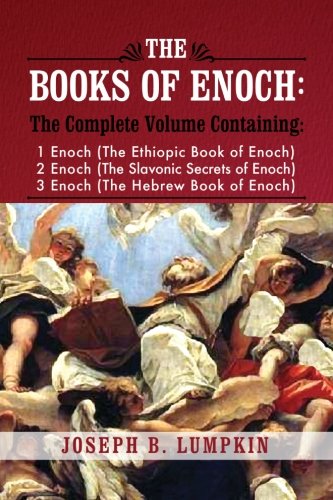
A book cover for The Books of Enoch: A Complete Volume Containing 1 Enoch (The Ethiopic Book of Enoch), 2 Enoch (The Slavonic Secrets of Enoch), 3 Enoch (The Hebrew Book of Enoch); Joseph B. Lumpkin; Christian Books & Bibles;